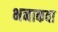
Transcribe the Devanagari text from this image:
भनाकवा